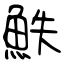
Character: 䱃